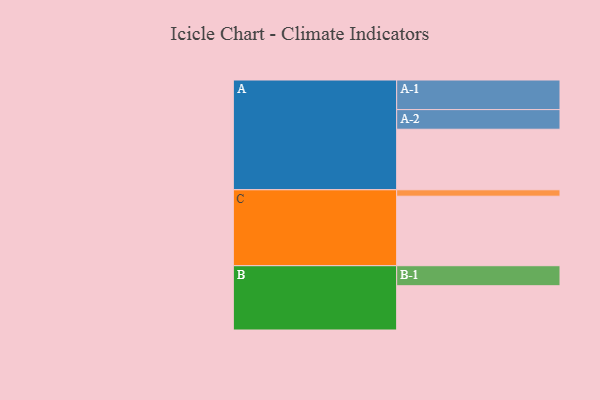
{"axis": {"x": "Segment", "y": "Value"}, "legend": ["", "A", "B", "C"], "data": [{"x": "A", "y": 499, "type": ""}, {"x": "B", "y": 365, "type": ""}, {"x": "C", "y": 573, "type": ""}, {"x": "A-1", "y": 244, "type": "A"}, {"x": "A-2", "y": 162, "type": "A"}, {"x": "B-1", "y": 165, "type": "B"}, {"x": "C-1", "y": 53, "type": "C"}]}